Vaccination in Bombay 1874-1876 - 1874-1876
Year: 1874
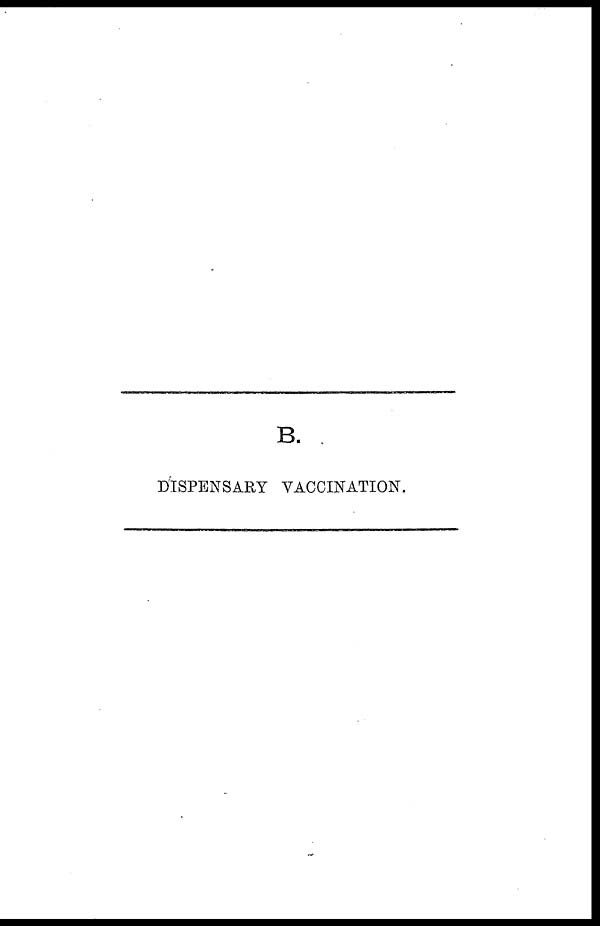
B.
DISPENSARY VACCINATION.